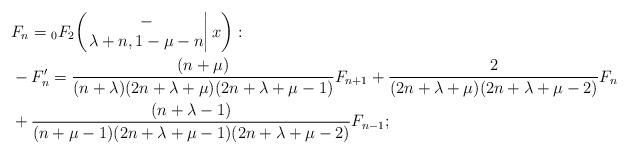
LaTeX: \begin{align*}&F_n={}_{0}F_{2}\!\left(\left.\begin{matrix}-\\\lambda+n,1-\mu-n\end{matrix}\right|x\right):\\&-F_n'=\frac{(n+\mu)}{(n+\lambda)(2n+\lambda+\mu)(2n+\lambda+\mu-1)}F_{n+1}+{\frac{2}{(2n+\lambda+\mu)(2n+\lambda+\mu-2)}}F_n\\&+\frac{(n+\lambda-1)}{(n+\mu-1)(2n+\lambda+\mu-1)(2n+\lambda+\mu-2)}F_{n-1};\\\end{align*}